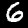
Digit: 6